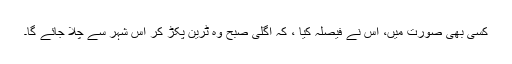
کسی بھی صورت میں، اس نے فیصلہ کیا ، کہ اگلی صبح وہ ٹرین پکڑ کر اس شہر سے چلا جائے گا۔